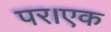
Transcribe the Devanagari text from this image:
पर।एक